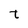
Character: t